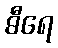
ဓီရေ